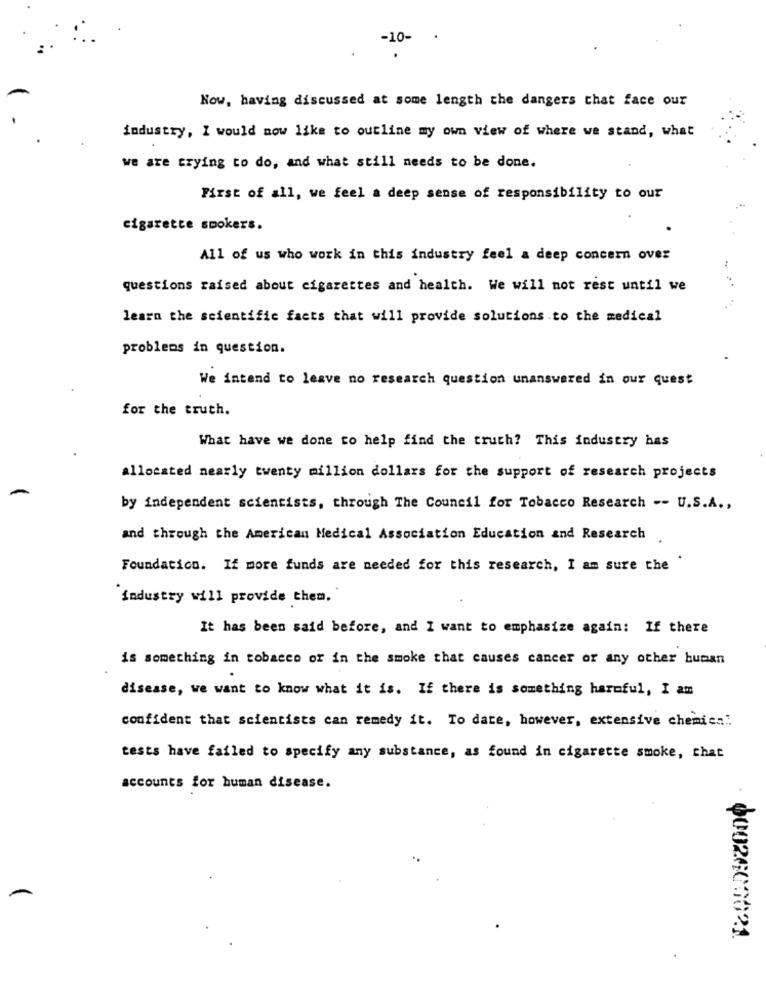
-10-
Now, having discussed at some length the dangers that face our
industry, I would now like to outline my own view of where we stand, what
we are trying to do, and what still needs to be done.
First of all, we feel a deep sense of responsibility to our
cigarette smokers.
All of us who work in this industry feel a deep concern over
questions raised about cigarettes and health. We will not rest until we
learn the scientific facts that will provide solutions to the medical
problems in question.
We intend to leave no research question unanswered in our quest
for the truth.
What have we done to help find the truth? This industry has
allocated nearly twenty million dollars for the support of research projects
by independent scientists, through The Council for Tobacco Research -- U.S.A .,
and through the American Medical Association Education and Research
Foundatico. If more funds are needed for this research, I am sure the
industry will provide them.
It has been said before, and I want to emphasize again: If there
is something in tobacco or in the smoke that causes cancer or any other buman
disease, we want to know what it is. If there is something harmful, I am
confident that scientists can remedy it. To date, however, extensive chemiea:
tests have failed to specify any substance, as found in cigarette smoke, chat
accounts for human disease.
0002600021